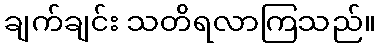
ချက်ချင်း သတိရလာကြသည်။